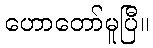
ဟောတော်မူပြီ။